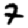
Digit: 7